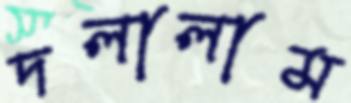
দলালাম